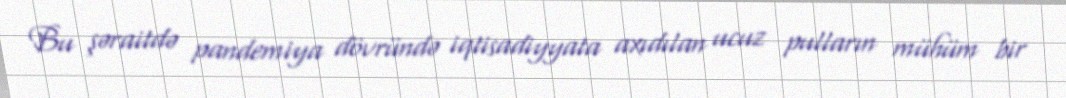
Bu şəraitdə pandemiya dövründə iqtisadiyyata axıdılan ucuz pulların mühüm bir